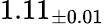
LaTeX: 1.11_{\pm 0.01}